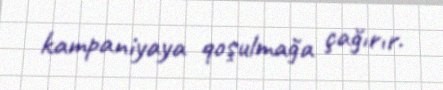
kampaniyaya qoşulmağa çağırır.